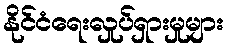
နိုင်ငံရေးလှုပ်ရှားမှုများ